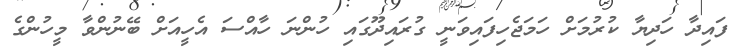
ފައިދާ ހަދިޔާ ކުރުމަށް ހަމަޖެހިފައިވަނީ ގުރައިދޫގައި ހުންނަ ހާއްސަ އެހީއަށް ބޭނުންވާ މީހުންގެ